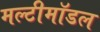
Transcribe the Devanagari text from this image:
मल्टीमॉडल